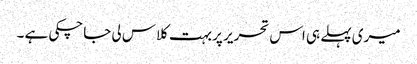
میری پہلے ہی اس تحریر پر بہت کلاس لی جاچکی ہے ۔